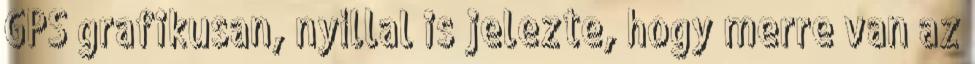
GPS grafikusan, nyíllal is jelezte, hogy merre van az